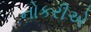
નોકરીએ